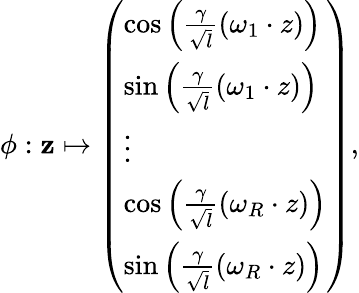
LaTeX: \phi:\mathbf{z}\mapsto\left(\begin{array}{l}{\cos\left(\frac{\gamma}{\sqrt{l}}(\omega_{1}\cdot z)\right)}\\ {\sin\left(\frac{\gamma}{\sqrt{l}}(\omega_{1}\cdot z)\right)}\\ {\vdots}\\ {\cos\left(\frac{\gamma}{\sqrt{l}}(\omega_{R}\cdot z)\right)}\\ {\sin\left(\frac{\gamma}{\sqrt{l}}(\omega_{R}\cdot z)\right)}\end{array}\right),